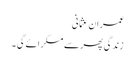
عمران عثمانی
زندگی پھر سے مسکرائے گی ۔